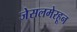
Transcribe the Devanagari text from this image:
जेसलमेरहून